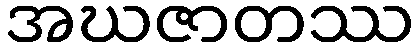
အဃဇာတဿ